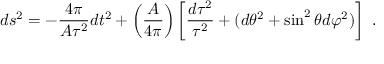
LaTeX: d s ^ { 2 } = - { \frac { 4 \pi } { A \tau ^ { 2 } } } d t ^ { 2 } + \left( { \frac { A } { 4 \pi } } \right) \left[ { \frac { d \tau ^ { 2 } } { \tau ^ { 2 } } } + ( d \theta ^ { 2 } + \sin ^ { 2 } \theta d \varphi ^ { 2 } ) \right] \ .